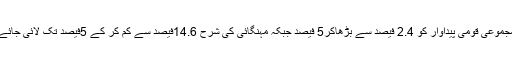
مجموعی قومی پیداوار کو 2.4 فیصد سے بڑھاکر5 فیصد جبکہ مہنگائی کی شرح 14.6فیصد سے کم کر کے 5فیصد تک لائی جائے۔